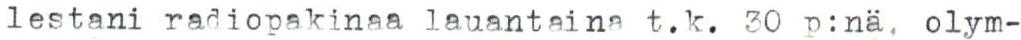
lestani radiopakinaa lauantaina t.k. 30 p:nä, olym-